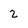
Character: 2